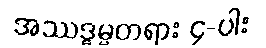
အဿဒ္ဓမ္မတရား ၄-ပါး